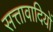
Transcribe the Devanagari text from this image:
सत्तावादियों